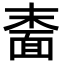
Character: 𬰠